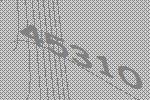
45310